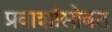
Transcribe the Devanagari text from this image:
प्रवाशांसोबत